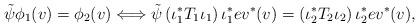
LaTeX: \begin{align*}\tilde \psi \phi_1(v) = \phi_2 (v) \Longleftrightarrow \tilde \psi \left(\iota_1^{\ast} T_1 \iota_1\right) \iota_1^{\ast} ev^{\ast}(v) = \left( \iota_2^{\ast} T_2 \iota_2\right) \iota_2^{\ast}ev^{\ast}(v), \end{align*}